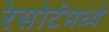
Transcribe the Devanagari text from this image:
रेसोर्टमध्ये